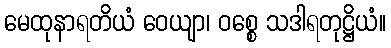
မေထုနာရတိယံ ဝေယျာ၊ ဝစ္စေ သဒါရတုဋ္ဌိယံ။